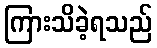
ကြားသိခဲ့ရသည်